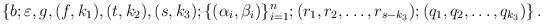
LaTeX: \begin{align*}\left\{b; \varepsilon, g, (f,k_1), (t,k_2), (s,k_3); \{ (\alpha_i, \beta_i) \}_{i=1}^n; (r_1,r_2, \ldots, r_{s-k_{3}}); (q_1, q_2, \ldots, q_{k_3})\right\}.\end{align*}